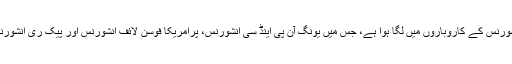
اس وقت فوسن کے کل اثاثہ جات کا ایک تہائی سے زیادہ دنیا بھر میں انشورنس کے کاروباروں میں لگا ہوا ہے، جس میں یونگ آن پی اینڈ سی انشورنس، پرامریکا فوسن لائف انشورنس اور پیک ری انشورنس کے ساتھ ساتھ پرتگال کی سب سے بڑی بیمہ کمپنی فڈیلیڈیڈ شامل ہیں۔